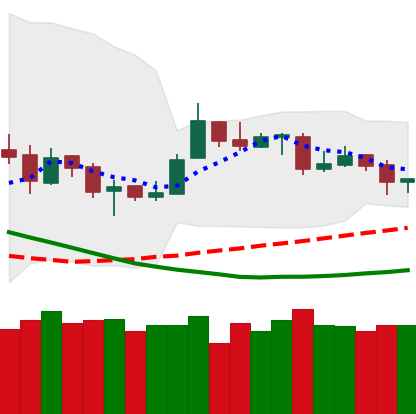
Ticker: ETH-USD
Chart end date: 2019-03-26
Forward return: 4.469%
Label: up_3_5